system: You are a helpful assistant.
user:
Analyze the provided spectrum to determine if it is a **Carbon Star (C-type)**.

- **Key Visual Indicators of Carbon Star:**
    - **(Primary):** Strong molecular absorption from **C₂ (diatomic carbon) "Swan Bands."** This is the **defining feature** of a carbon star.
        - **(Key Bandheads):** Sharp absorption edges are visible at approximately $5635$ Å, $5165$ Å (the strongest band), and $4737$ Å.
        - **(Line Profile):** Creates a distinct **"saw-tooth"** pattern. The key morphology is a sharp, steep bandhead on the **red (long-wavelength) side**, which then gradually tapers off (i.e., flux recovers) towards the **blue (short-wavelength) side**. *(This is the direct opposite of the TiO bands seen in M-type stars)*.

    - **(Secondary):** Intense **CN (cyanogen)** molecular absorption bands.
        - **(Key Bandheads):** Located in the blue and violet regions of the spectrum (e.g., near $4215$ Å and $3883$ Å).
        - **(Morphology):** These bands are extremely broad and act as a "blanket," absorbing the vast majority of blue and violet light. This creates a characteristic **"cliff"** or **"steep drop-off"** in the spectrum's flux at short wavelengths.

    - **(Key Confirmation):** Strong **CH absorption band (G-band)**.
        - **(Key Bandhead):** Located around $4300$ Å. The contribution from CH molecules to this band is exceptionally strong.

    - **(Overall Spectrum):**
        - The continuum is severely "chopped up" by these deep molecular bands, especially C₂, rather than appearing as a smooth curve.
        - Due to the heavy CN and C₂ absorption in the blue-green, the vast majority of the star's flux is concentrated in the red part of the spectrum, giving the star its characteristic deep red color.

Think first, call **spectral_visualization_tool** if needed to examine features in detail, then provide your final answer. Your response must adhere to the following strict rules:
1.  **Overall Structure:** Your response must follow the format `<think>...</think> <tool_call>...</tool_call> (if a tool is used) <answer>...</answer>`.
2.  **Tool Usage Constraint:** You may only make **one** tool call per turn.
3.  **Final Answer Format:** In the `<answer>` tag, your conclusion must be inside a `\boxed{}` command (e.g., `\boxed{YES}`), followed by your justification.

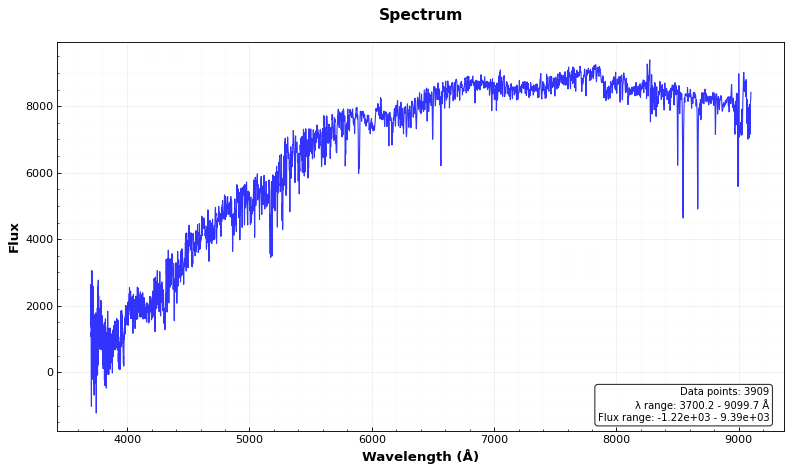
Answer: NO